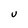
Character: U